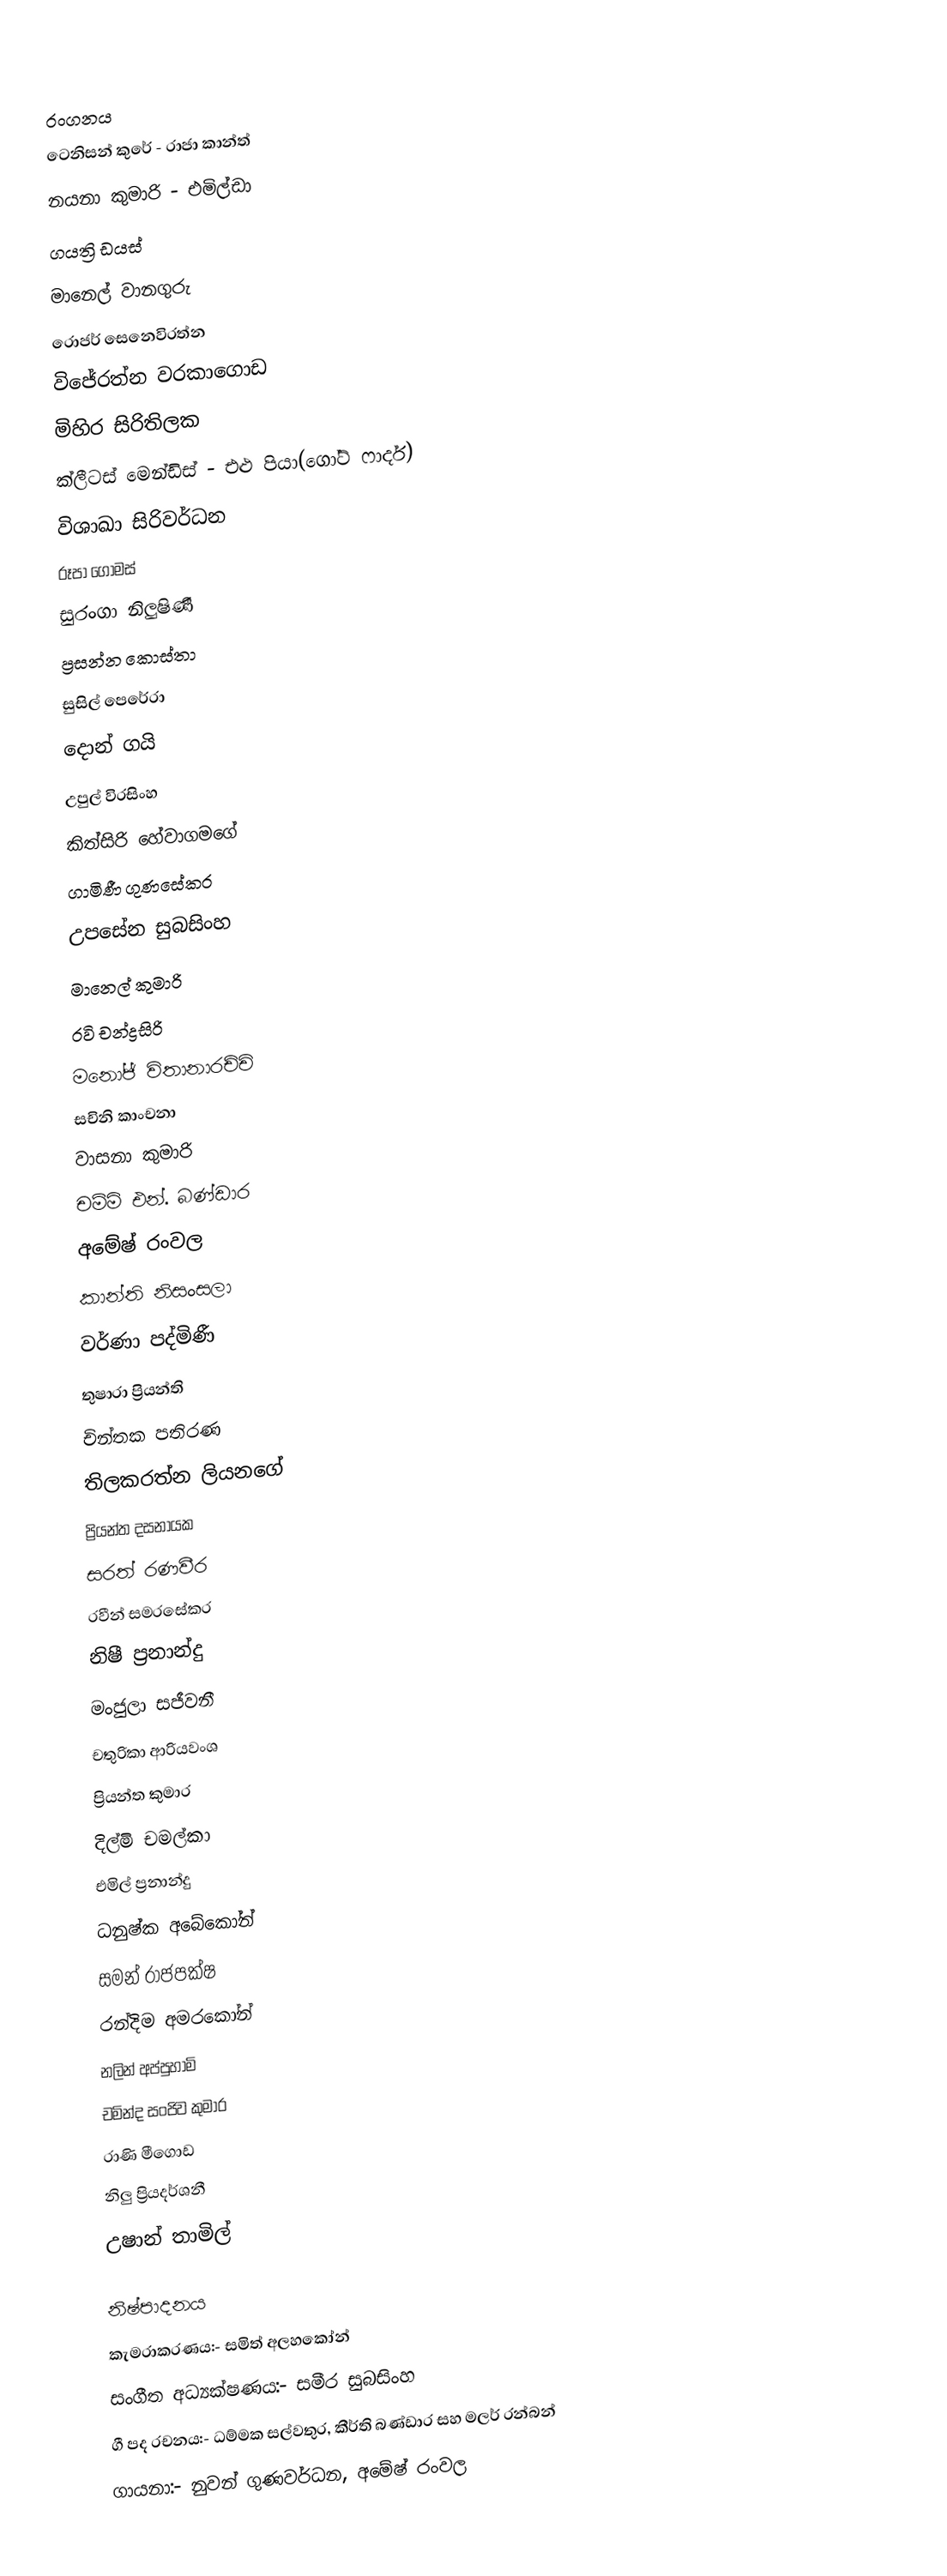

රංගනය
ටෙනිසන් කුරේ - රාජා කාන්ත්
නයනා කුමාරි - එමිල්ඩා
ගයත්‍රි ඩයස්
මානෙල් වානගුරු
රොජර් සෙනෙවිරත්න
විජේරත්න වරකාගොඩ
මිහිර සිරිතිලක
ක්ලීටස් මෙන්ඩිස් - එළු පියා(ගෝට් ෆාදර්)
විශාඛා සිරිවර්ධන
රූපා ගෝමස්
සුරංගා නිලුෂිණී
ප්‍රසන්න කොස්තා
සුසිල් පෙරේරා
දොන් ගයි
උපුල් විරසිංහ
කිත්සිරි හේවාගමගේ
ගාමිණී ගුණසේකර
උපසේන සුබසිංහ
මානෙල් කුමාරි
රවි චන්ද්‍රසිරි
මනෝජ් විතානාරච්චි
සචිනි කාංචනා
වාසනා කුමාරි
චම්මි එන්. බණ්ඩාර
අමේෂ් රංවල
කාන්ති නිසංසලා
වර්ණා පද්මිණී
තුෂාරා ප්‍රියන්ති
චින්තක පතිරණ
තිලකරත්න ලියනගේ
ප්‍රියන්ත දසනායක
සරත් රණවීර
රවීන් සමරසේකර
නිෂී ප්‍රනාන්දු
මංජුලා සජීවනී
චතුරිකා ආරියවංශ
ප්‍රියන්ත කුමාර
දිල්මි චමල්කා
එමිල් ප්‍රනාන්දු
ධනුෂ්ක අබේකෝන්
සමන් රාජපක්ෂ
රන්දිම අමරකෝන්
නලින් අප්පුහාමි
චමින්ද සංජිව කුමාර
රාණි මීගොඩ
නිලු ප්‍රියදර්ශනී
උෂාන් තාමිල්

නිෂ්පාදනය
කැමරාකරණය:- සමිත් අලහකෝන්
සංගීත අධ්‍යක්ෂණය:- සමීර සුබසිංහ
ගී පද රචනය:- ධම්මක සල්වතුර, කීර්ති බණ්ඩාර සහ මලර් රන්බන්
ගායනා:- නුවන් ගුණවර්ධන, අමේෂ් රංවල